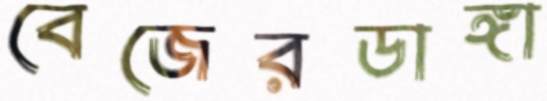
বেজেরডাঙ্গা